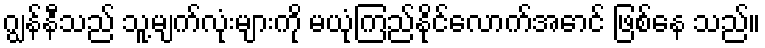
ဂျွန်နီသည် သူ့မျက်လုံးများကို မယုံကြည်နိုင်လောက်အောင် ဖြစ်နေ သည်။